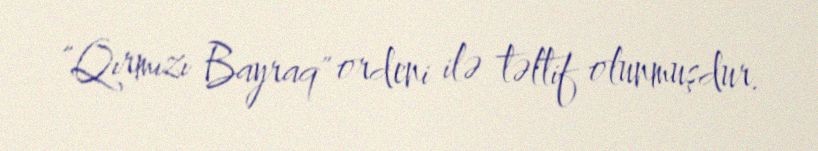
"Qırmızı Bayraq" ordeni ilə təltif olunmuşdur.